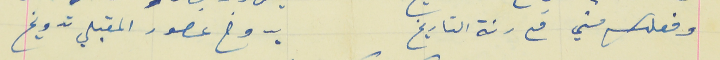
وفعلك مشي مع رنة التاريخ                                يدوخ عصور المقبلي تدويخ